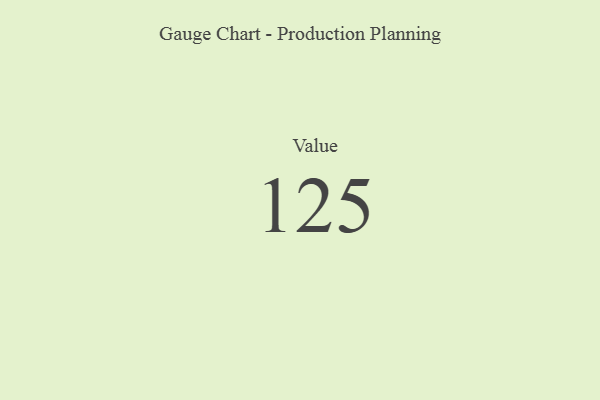
{"axis": {"x": "Metric", "y": "Value"}, "legend": [""], "data": [{"x": "Value", "y": 125, "type": ""}]}